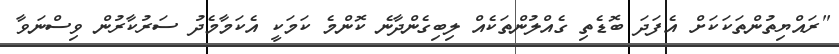
"ރައްޔިތުންތަކަކަށް އެފަދަ ބޮޑެތި ގެއްލުންތަކެއް ލިބިގެންދާނެ ކޮންމެ ކަމަކީ އެކަމާމެދު ސަރުކާރުން ވިސްނަވާ